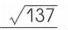
\(\sqrt{137}\)